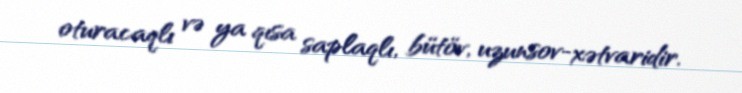
oturacaqlı və ya qısa saplaqlı, bütöv, uzunsov-xətvaridir.